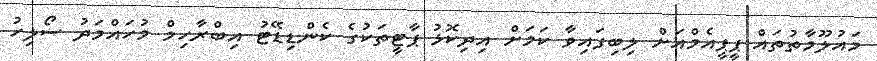
މައުލޫމާތުތައް ޕީޕީއެމްއަށް ލިބިފައިވާ ކަމަށް އިދިކޮޅު ޕާޓީތަކުގެ ކެންޑިޑޭޓު އިބްރާހިމް މުހައްމަދު ސޯލިހު